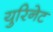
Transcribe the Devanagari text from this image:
युरिनेट